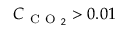
C _ { \mathrm { ~ C ~ O ~ } _ { 2 } } > 0 . 0 1